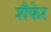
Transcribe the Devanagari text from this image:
शैफेर